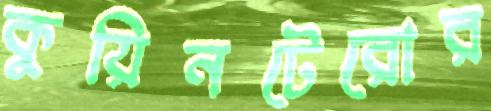
কুয়িনটেরোর